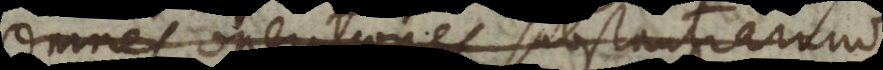
Omnes operationes substantiarum